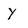
Character: y